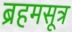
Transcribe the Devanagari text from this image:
ब्रहमसूत्र